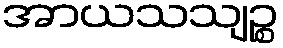
အာယသသျဉ္စ